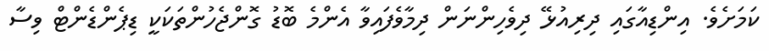
ކަމަށެވެ. އިންޑިއާގައި ދިރިއުޅޭ ދިވެހިންނަން ދިމާވެފައިވާ އެންމެ ބޮޑު ގޮންޖެހުންތަކަކީ ޑިޕެންޑެންޓް ވިސާ